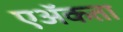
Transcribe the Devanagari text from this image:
एॲकता